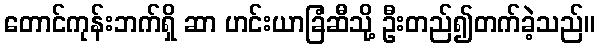
တောင်ကုန်းဘက်ရှိ ဆာ ဟင်းယာခြံဆီသို့ ဦးတည်၍တက်ခဲ့သည်။